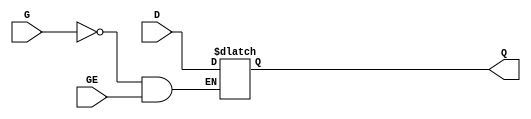
// $Header: /devl/xcs/repo/env/Databases/CAEInterfaces/xec_libs/data/unisims/LDE_1.v,v 1.1 2005/05/10 01:20:06 wloo Exp $

/*

FUNCTION	: D-LATCH with gate enable

*/

`celldefine
`timescale  100 ps / 10 ps

module LDE_1 (Q, D, G, GE);

    parameter INIT = 1'b0;

    output Q;
    reg    Q;

    input  D, G, GE;

	always @( D or G or GE)
	    if (!G && GE)
		Q <= D;

endmodule